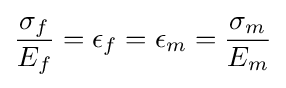
{\frac {\sigma _{f}}{E_{f}}}=\epsilon _{f}=\epsilon _{m}={\frac {\sigma _{m}}{E_{m}}}